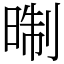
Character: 㫼